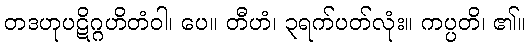
တဒဟုပဋိဂ္ဂဟိတံဝါ၊ ပေ။ တီဟံ၊ ၃ရက်ပတ်လုံး။ ကပ္ပတိ၊ ၏။